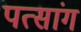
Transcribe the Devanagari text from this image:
पत्सांग